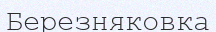
Березняковка